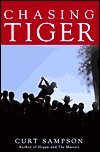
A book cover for Chasing Tiger; Curt Sampson; Biographies & Memoirs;